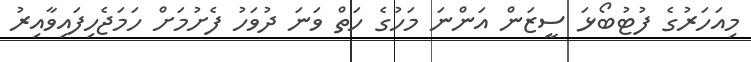
މިއަހަރުގެ ފުޓުބޯޅަ ސީޒަން އަންނަ މަހުގެ ހަތް ވަނަ ދުވަހު ފެށުމަށް ހަމަޖެހިފައިވާއިރު